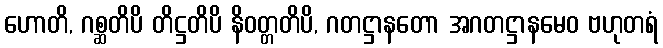
ဟောတိ, ဂစ္ဆတိပိ တိဋ္ဌတိပိ နိဝတ္တတိပိ, ဂတဋ္ဌာနတော အဂတဋ္ဌာနမေဝ ဗဟုတရံ